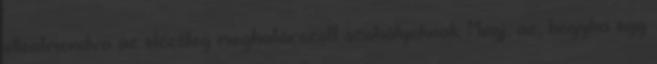
ellentmondva az előzőleg meghatározott szabályoknak. Megj.: az, hogyha egy